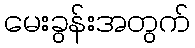
မေးခွန်းအတွက်